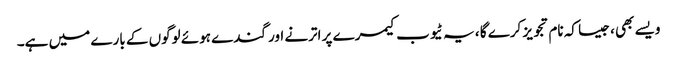
ویسے بھی ، جیسا کہ نام تجویز کرے گا ، یہ ٹیوب کیمرے پر اترنے اور گندے ہوئے لوگوں کے بارے میں ہے۔